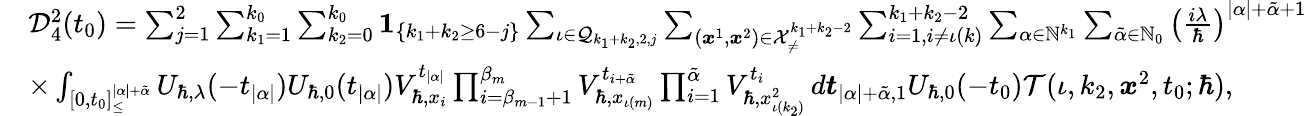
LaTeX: \begin{array}{rl}&{\mathcal{D}_{4}^{2}(t_{0})=\sum_{j=1}^{2}\sum_{k_{1}=1}^{k_{0}}\sum_{k_{2}=0}^{k_{0}}\boldsymbol{1}_{\{ k_{1}+k_{2}\geq 6-j\} }\sum_{\iota\in\mathcal{Q}_{k_{1}+k_{2},2,j}}\sum_{(\boldsymbol{x}^{1},\boldsymbol{x}^{2})\in\mathcal{X}_{\neq}^{k_{1}+k_{2}-2}}\sum_{i=1,i\neq\iota(k)}^{k_{1}+k_{2}-2}\sum_{\alpha\in\mathbb{N}^{k_{1}}}\sum_{\tilde{\alpha}\in\mathbb{N}_{0}}\left(\frac{i\lambda}{\hbar}\right)^{|\alpha|+\tilde{\alpha}+1}}\\ &{\times\int_{[0,t_{0}]_{\leq}^{|\alpha|+\tilde{\alpha}}}U_{\hbar,\lambda}(-t_{|\alpha|})U_{\hbar,0}(t_{|\alpha|})V_{\hbar,x_{i}}^{t_{|\alpha|}}\prod_{i=\beta_{m-1}+1}^{\beta_{m}}V_{\hbar,x_{\iota(m)}}^{t_{i+\tilde{\alpha}}}\prod_{i=1}^{\tilde{\alpha}}V_{\hbar,x_{\iota(k_{2})}^{2}}^{t_{i}}\, d\boldsymbol{t}_{|\alpha|+\tilde{\alpha},1}U_{\hbar,0}(-t_{0})\mathcal{T}(\iota,k_{2},\boldsymbol{x}^{2},t_{0};\hbar),}\end{array}